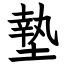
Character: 墊